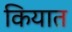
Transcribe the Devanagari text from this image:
कियात